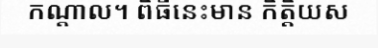
កណ្តាល។ ពិធីនេះមាន កិត្តិយស